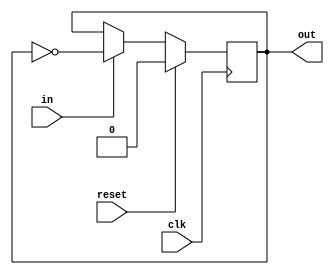
module Tff(out, in, clk, reset);
    output reg out;
    input in, clk, reset;
    
    always @(posedge clk)
        out<= reset ? 0 : in ? ~out : out;
endmodule